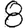
Digit: 8